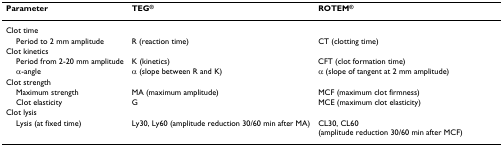
| Parameter | TEG® | ROTEM® |
 | --- | --- | --- |
 | Clot time |  |  |
 | Period to 2 mm amplitude | R (reaction time) | CT (clotting time) |
 | Clot kinetics |  |  |
 | Period from 2-20 mm amplitude | K (kinetics) | CFT (clot formation time) |
 | α-angle | α (slope between R and K) | α (slope of tangent at 2 mm amplitude) |
 | Clot strength |  |  |
 | Maximum strength | MA (maximum amplitude) | MCF (maximum clot firmness) |
 | Clot elasticity | G | MCE (maximum clot elasticity) |
 | Clot lysis |  |  |
 | Lysis (at fixed time) | Ly30, Ly60 (amplitude reduction 30/60 min after MA) | CL30, CL60 (amplitude reduction 30/60 min after MCF) |